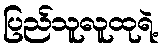
ပြည်သူလူထုရဲ့